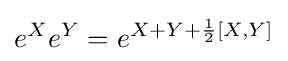
e^{X}e^{Y}=e^{X+Y+{\frac {1}{2}}[X,Y]}